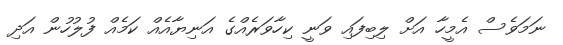
ނަމަވެސް އެމީހާ އަށް ލިބިފައި ވަނީ ކިހާވަރެއްގެ އަނިޔާއެއް ކަމެއް ފުލުހުން އަދި